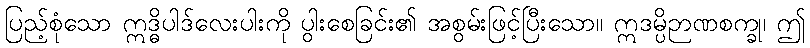
ပြည့်စုံသော ဣဒ္ဓိပါဒ်လေးပါးကို ပွါးစေခြင်း၏ အစွမ်းဖြင့်ပြီးသော။ ဣဒမ္ပိဉာဏစက္ခု၊ ဤ